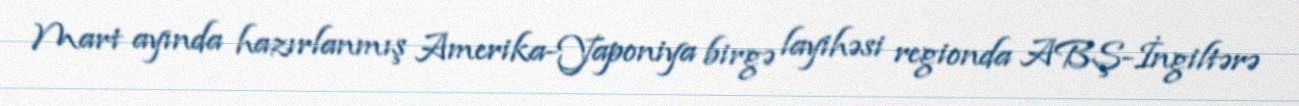
Mart ayında hazırlanmış Amerika-Yaponiya birgə layihəsi regionda ABŞ-İngiltərə